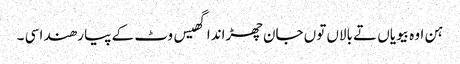
ہن اوہ بیویاں تے بالاں توں جان چھڑاندا گھیس وٹ کے پیا رھندا سی ۔